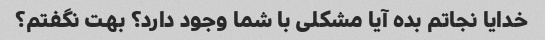
خدایا نجاتم بده آیا مشکلی با شما وجود دارد؟ بهت نگفتم؟